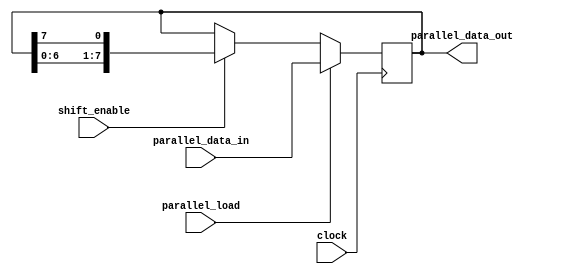
module pipo_shift_register(
  input [7:0] parallel_data_in,
  input parallel_load,
  input shift_enable,
  input clock,
  output reg [7:0] parallel_data_out
);

reg [7:0] storage_reg;

always @(posedge clock) begin
  if(parallel_load) begin
    storage_reg <= parallel_data_in;
  end else if(shift_enable) begin
    storage_reg <= {storage_reg[6:0],storage_reg[7]};
  end
end

assign parallel_data_out = storage_reg;

endmodule